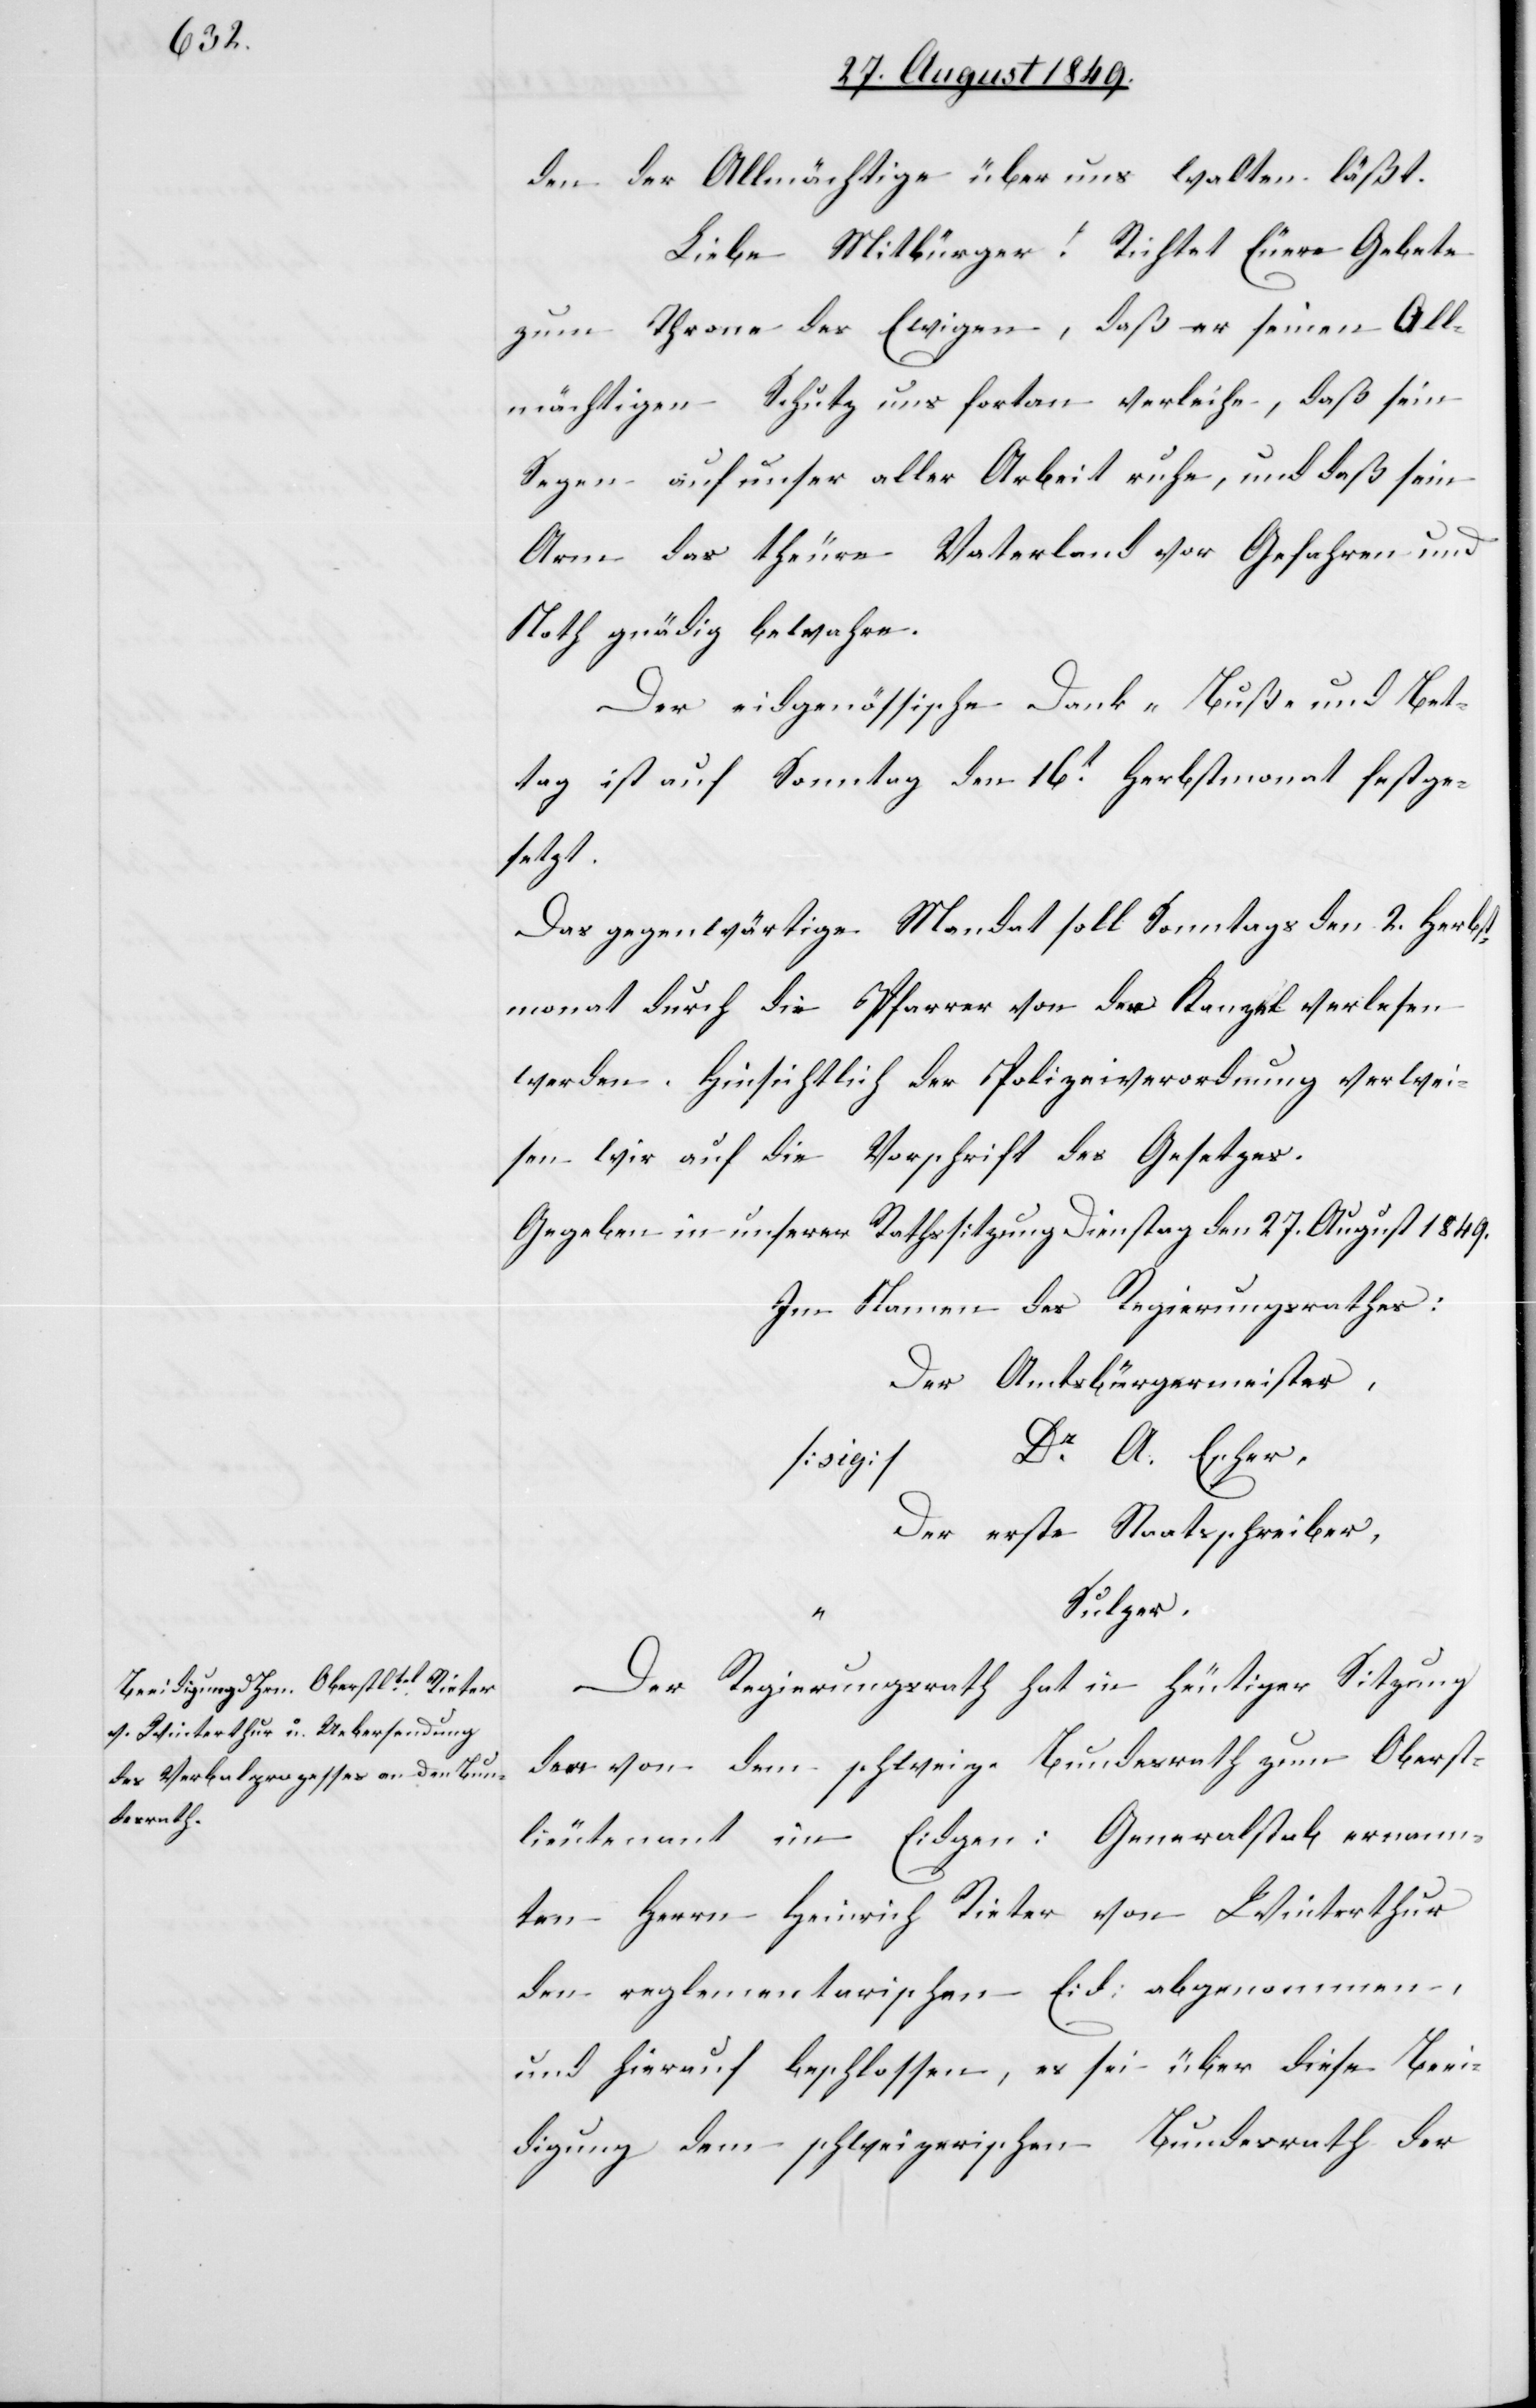
den der Allmächtige über uns walten läßt.
Liebe Mitbürger! Richtet Euere Gebete
zum Throne des Ewigen, daß er seinen All¬
mächtigen Schutz uns fortan verleihe, daß sein
Segen auf unser aller Arbeit ruhe, und daß sein
Arm das theure Vaterland vor Gefahren und
Noth gnädig bewahre.
Der eidgenössische Dank-[,] Buß- und Bet¬
tag ist auf Sonntag den 16t Herbstmonat festge¬
setzt.
Das gegenwärtige Mandat soll Sonntags den 2. Herbst¬
monat durch die Pfarrer von der Kanzel verlesen
werden. Hinsichtlich der Polizeiverordnung verwei¬
sen wir auf die Vorschrift des Gesetzes.
Gegeben in unserer Rathssitzung Dienstag den 27. August 1849.
Im Namen des Regierungsrathes:
Der Amtsbürgermeister,
A. Escher,
Der erste Staatsschreiber,
Sulzer.
Der Regierungsrath hat in heutiger Sitzung
dem von dem schweiz. Bundesrath zum Oberst¬
lieutenant im Eidgen: Generalstab ernann¬
ten Herrn Heinrich Rieter von Winterthur
den reglementarischen Eid: abgenommen,
und hierauf beschlossen, es sei über diese Beei¬
digung dem schweizerischen Bundesrath der